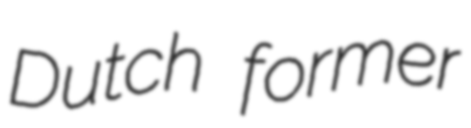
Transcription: Dutch former